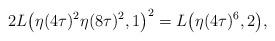
LaTeX: \begin{gather*}2L\big(\eta(4\tau)^2\eta(8\tau)^2, 1\big)^2 = L\big(\eta(4\tau)^6, 2\big),\end{gather*}